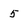
Character: 5